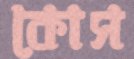
কোস